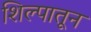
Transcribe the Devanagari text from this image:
शिल्पातून